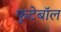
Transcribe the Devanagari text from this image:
फूटेबॉल